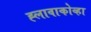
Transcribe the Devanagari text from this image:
ह्लावाकोव्हा